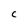
Character: c